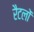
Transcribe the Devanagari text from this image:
रैटलों